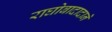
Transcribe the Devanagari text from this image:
राघोबादादाने